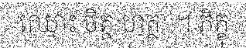
ឈ្មោះ ចិត្ត ហត្ថៈ ។ ភិក្ខុ